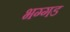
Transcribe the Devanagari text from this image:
भग्‍गड